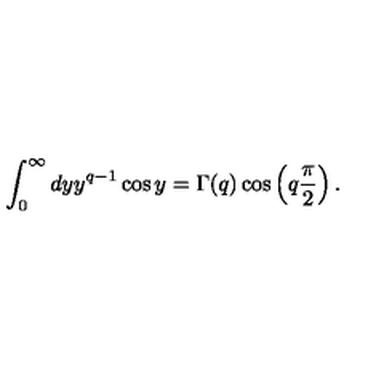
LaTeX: \int _ { 0 } ^ { \infty } d y y ^ { q - 1 } \cos y = \Gamma ( q ) \cos \left( q \frac { \pi } { 2 } \right) .